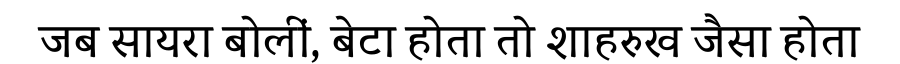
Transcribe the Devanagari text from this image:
जब सायरा बोलीं, बेटा होता तो शाहरुख जैसा होता